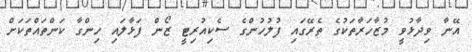
އޭނާ ވިދާޅުވީ މުޒާހަރާތަކުގެ ތެރޭގައި ފުލުހުންގެ ސެކިއުރިޓީ ޒޯން ފަޅާލައި ހިންގާ ކަންތައްތަކަށް